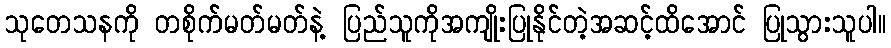
သုတေသနကို တစိုက်မတ်မတ်နဲ့ ပြည်သူကိုအကျိုးပြုနိုင်တဲ့အဆင့်ထိအောင် ပြုသွားသူပါ။